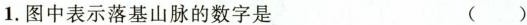
1.图中表示落基山脉的数字是 ( )